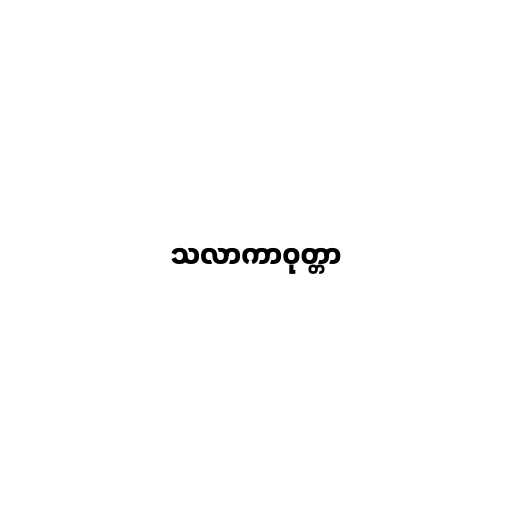
သလာကာဝုတ္တာ